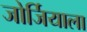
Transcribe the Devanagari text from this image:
जोर्जियाला